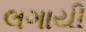
લગાયી